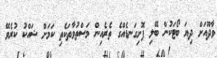
ވާދޫއަށް ދިޔަ ބޯޓަކުން ބޭލި ފޮށިގަނޑެއްގެ ތެރެއިން މަސްތުވާތަކެތި ކަމަށް ޝައްކު ކުރެވޭ